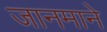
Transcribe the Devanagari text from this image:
जानमाने